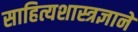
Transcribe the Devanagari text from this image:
साहित्यशास्त्रज्ञाने